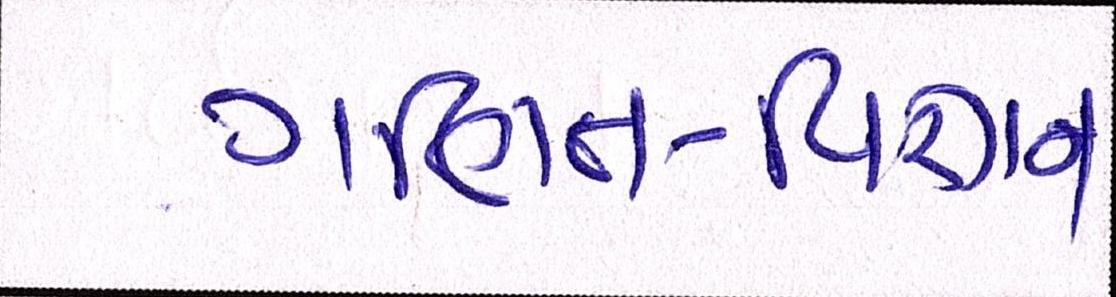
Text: ગણિત-વિજ્ઞાન